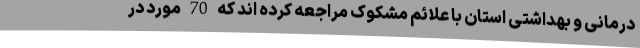
درمانی و بهداشتی استان با علائم مشکوک مراجعه کرده اند که 70 مورد در